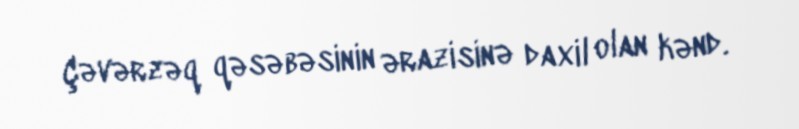
Çəvərzəq qəsəbəsinin ərazisinə daxil olan kənd.